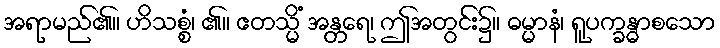
အရာမည်၏။ ဟိသစ္စံ၊ ၏။ ဧတသ္မိံ အန္တရေ၊ ဤအတွင်း၌။ ဓမ္မာနံ၊ ရူပက္ခန္ဓာစသော